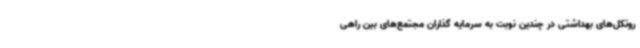
روتکل‌های بهداشتی در چندین نوبت به سرمایه گذاران مجتمع‌های بین راهی